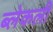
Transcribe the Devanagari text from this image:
ब्लेकली